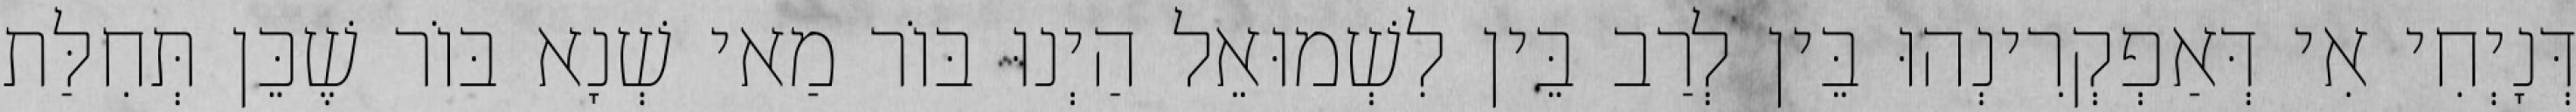
דְּנָיְחִי אִי דְּאַפְקְרִינְהוּ בֵּין לְרַב בֵּין לִשְׁמוּאֵל הַיְנוּ בּוֹר מַאי שְׁנָא בּוֹר שֶׁכֵּן תְּחִלַּת